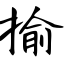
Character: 揄